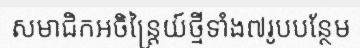
សមាជិកអចិន្ត្រៃយ៍ថ្មីទាំង៧រូបបន្ថែម